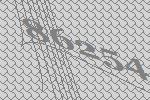
86254